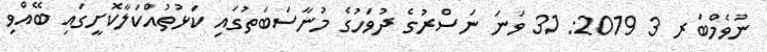
ނުވެމްބަރ 3 2019: 31 ވަނަ ނަސްރުގެ ދުވަހުގެ މުނާސަބަތުގައި ކަޅުތުއްކަލާކޮށީގައި ބޭއްވި